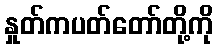
နှုတ်ကပတ်တော်တို့ကို